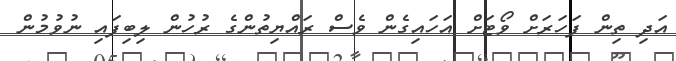
އަދި ތިން ފަހަރަށް ވޯޓަށް އަހައިގެން ވެސް ރައްޔިތުންގެ ރުހުން ލިބިފައި ނުވުމުން